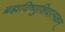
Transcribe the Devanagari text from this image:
ब्रह्मविष्णुशिवात्मकम्